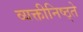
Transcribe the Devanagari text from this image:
व्यक्तीनिष्ठ्ते